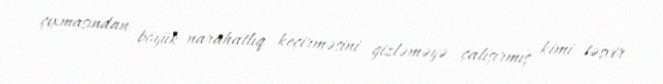
çıxmasından böyük narahatlıq keçirməsini gizləməyə çalışırmış kimi təsvir